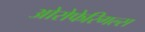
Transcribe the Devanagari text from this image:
ओरोफेरिगल्स